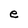
Character: e